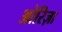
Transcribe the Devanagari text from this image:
ओरिज़ा